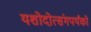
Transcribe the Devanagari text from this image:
यशोदोत्संगपर्यंको